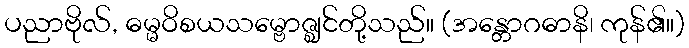
ပညာဗိုလ်, ဓမ္မဝိစယသမ္ဗောဇ္ဈင်တို့သည်။ (အန္တောဂဓာနိ၊ ကုန်၏။)